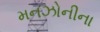
મનઝોનીના